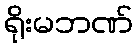
ရိုးမဘဏ်